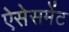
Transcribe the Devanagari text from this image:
ऐसेसमेंट